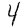
Digit: 4